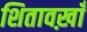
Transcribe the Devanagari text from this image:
शितावख़ाँ